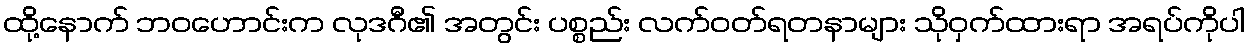
ထို့နောက် ဘဝဟောင်းက လုဒဂီ၏ အတွင်း ပစ္စည်း လက်ဝတ်ရတနာများ သိုဝှက်ထားရာ အရပ်ကိုပါ